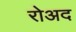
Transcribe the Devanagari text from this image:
रोअद